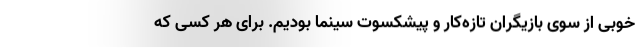
خوبی از سوی بازیگران تازه‌کار و پیشکسوت سینما بودیم. برای هر کسی که